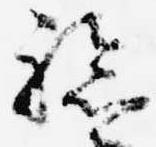
験